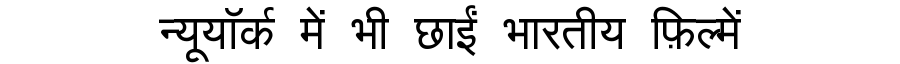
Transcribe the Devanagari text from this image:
न्यूयॉर्क में भी छाईं भारतीय फ़िल्में